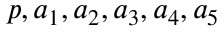
p , a _ { 1 } , a _ { 2 } , a _ { 3 } , a _ { 4 } , a _ { 5 }